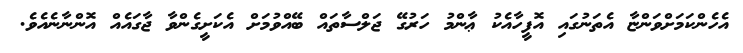
އެހެންކަމަށްވަންޏާ އެތަނުގައި އޮފީހާއެކު ޢާންމު ހަރުގޭ ޖަލްސާތައް ބޭއްވުމަށް އެކަށީގެންވާ ޖާގައެއް އޮންނާނެއެވެ.